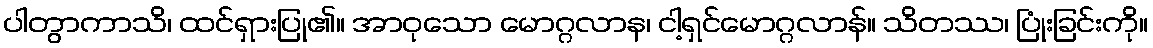
ပါတွာကာသိ၊ ထင်ရှားပြု၏။ အာဝုသော မောဂ္ဂလာန၊ ငါ့ရှင်မောဂ္ဂလာန်။ သိတဿ၊ ပြုံးခြင်းကို။